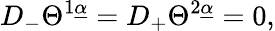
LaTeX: {D}_{-}\Theta^{1\underline{{\alpha}}}={D}_{+}\Theta^{2\underline{{\alpha}}}=0,